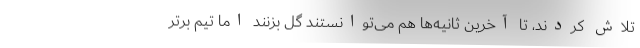
تلاش کردند، تا آخرین ثانیه‌ها هم می‌توانستند گل بزنند اما تیم برتر